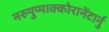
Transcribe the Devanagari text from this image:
नरुपुप्पाक्कोरानेंटार्नु